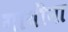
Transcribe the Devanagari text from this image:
गायींना